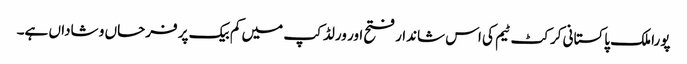
پورا ملک پاکستانی کرکٹ ٹیم کی اس شاندار فتح اور ورلڈ کپ میں کم بیک پر فرحاں و شاداں ہے۔